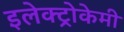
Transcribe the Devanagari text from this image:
इलेक्ट्रोकेमी